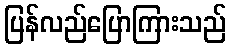
ပြန်လည်ပြောကြားသည်